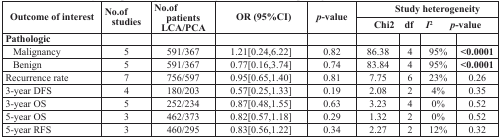
| <ROWSPAN=2> Outcome of interest | <ROWSPAN=2> No.of studies | <ROWSPAN=2> No.of patientsLCA/PCA | <ROWSPAN=2> OR (95%CI) | <ROWSPAN=2> p-value | <COLSPAN=4> Study heterogeneity |
 | Chi2 | df | I2 | p-value |
 | --- | --- | --- | --- | --- | --- | --- | --- | --- |
 | Pathologic |  |  |  |  |  |  |  |  |
 | Malignancy | 5 | 591/367 | 1.21[0.24,6.22] | 0.82 | 86.38 | 4 | 95% | <0.0001 |
 | Benign | 5 | 591/367 | 0.77[0.16,3.74] | 0.74 | 83.84 | 4 | 95% | <0.0001 |
 | Recurrence rate | 7 | 756/597 | 0.95[0.65,1.40] | 0.81 | 7.75 | 6 | 23% | 0.26 |
 | 3-year DFS | 4 | 180/203 | 0.57[0.25,1.33] | 0.19 | 2.08 | 2 | 4% | 0.35 |
 | 3-year OS | 5 | 252/234 | 0.87[0.48,1.55] | 0.63 | 3.23 | 4 | 0% | 0.52 |
 | 5-year OS | 3 | 462/373 | 0.82[0.57,1.18] | 0.29 | 1.32 | 2 | 0% | 0.52 |
 | 5-year RFS | 3 | 460/295 | 0.83[0.56,1.22] | 0.34 | 2.27 | 2 | 12% | 0.32 |